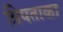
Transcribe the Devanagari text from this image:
त्रिपताका